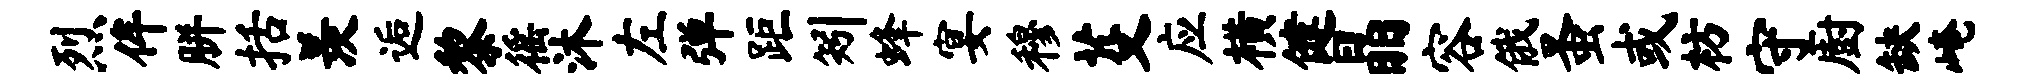
烈侔胼括羡逅黎徭沐左弹距矧蜂宴穆芟应横健晶容俄蚤或枋守厨缺崦